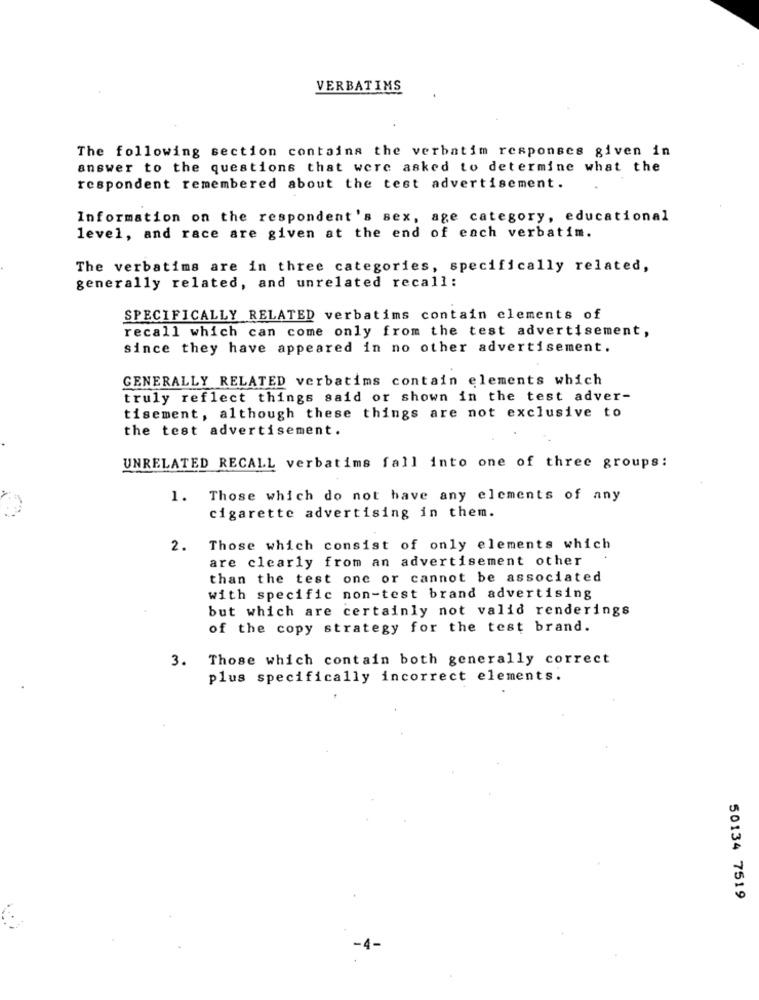
VERBATIMS
The following section contains the verbatim responses given in
answer to the questions that were asked to determine what the
respondent remembered about the test advertisement.
Information on the respondent's sex, age category, educational
level, and race are given at the end of each verbatim.
The verbatims are in three categories, specifically related,
generally related, and unrelated recall:
SPECIFICALLY RELATED verbatims contain elements of
recall which can come only from the test advertisement,
since they have appeared in no other advertisement.
GENERALLY RELATED verbatims contain elements which
truly reflect things said or shown in the test adver-
tisement, although these things are not exclusive to
the test advertisement.
UNRELATED RECALL verbatims fall into one of three groups:
1. Those which do not have any elements of any
cigarette advertising in them.
2.
Those which consist of only elements which
are clearly from an advertisement other
than the test one or cannot be associated
with specific non-test brand advertising
but which are certainly not valid renderings
of the copy strategy for the test brand.
3. Those which contain both generally correct
plus specifically incorrect elements.
50134 7519